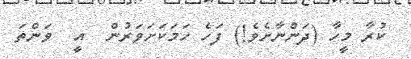
ކުރާ މީހާ (ދަންނާށެވެ!) ފަހެ ހަމަކަށަވަރުން  އީ  ވަންތަ